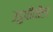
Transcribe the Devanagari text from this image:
उडुपीतील